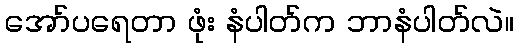
အော်ပရေတာ ဖုံး နံပါတ်က ဘာနံပါတ်လဲ။